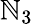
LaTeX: \mathbb{N}_{3}